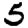
Digit: 5